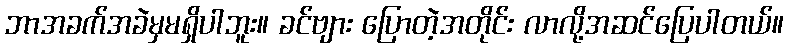
ဘာအခက်အခဲမှမရှိပါဘူး။ ခင်ဗျား ပြောတဲ့အတိုင်း လာလို့အဆင်ပြေပါတယ်။